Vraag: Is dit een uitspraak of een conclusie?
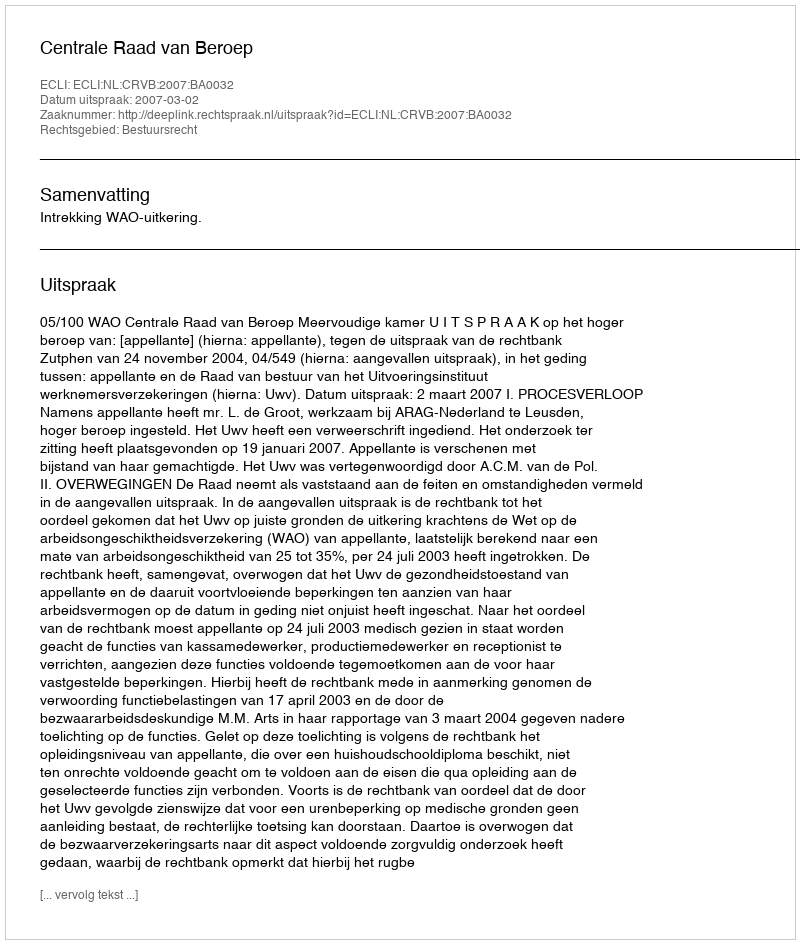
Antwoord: Uitspraak